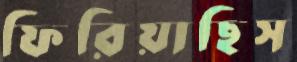
ফিরিয়াছিস